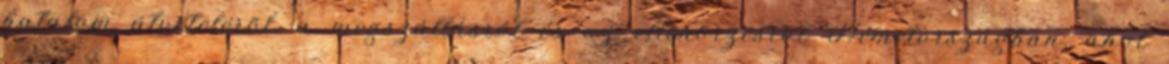
hatalom átvételérõl, a megszállásról és az ellenõrzésrõl Németországban, ahol